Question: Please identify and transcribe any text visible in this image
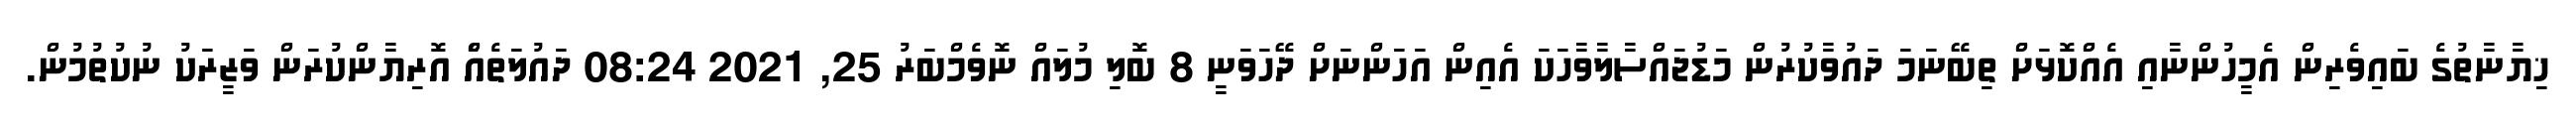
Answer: ޚިޔާނާތުގެ ބައިވެރިން އެމީހުންނާއި އެއްކޮޅަށް ތިބޭނަމަ ދައުވާކުރުން މަޑުޖައްސާލާވާހަކަ އެއިން އަހަންނަށް ދޭހަވަނީ 8 ބޮލި މުލައް ނޮވެމްބަރު 25, 2021 08:24 ދައުލަތެއެް އޮރިޔާންކުރަން ވަޒީރަކު ނުކުތުމުން.